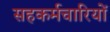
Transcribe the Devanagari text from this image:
सहकर्मचारियों